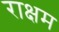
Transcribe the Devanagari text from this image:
राक्षम